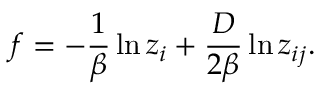
f = - \frac { 1 } { \beta } \ln z _ { i } + \frac { D } { 2 \beta } \ln z _ { i j } .